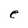
Character: e